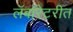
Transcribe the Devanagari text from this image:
लॅबॉरेटरीत